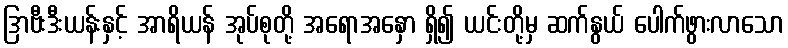
ဒြာဗီးဒီးယန်းနှင့် အာရိယန် အုပ်စုတို့ အရောအနှော ရှိ၍ ယင်းတို့မှ ဆက်နွယ် ပေါက်ဖွားလာသော